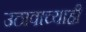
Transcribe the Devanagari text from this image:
उठावाच्याही